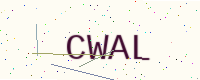
Text: CWAL